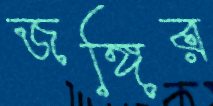
জঙ্গির